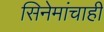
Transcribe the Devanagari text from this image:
सिनेमांचाही